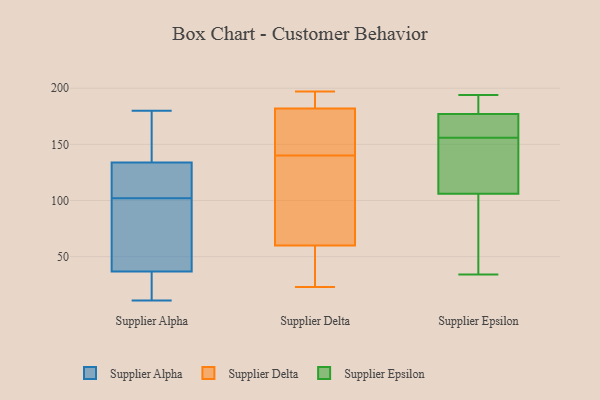
{"axis": {"x": "Market Share (%)", "y": "Value"}, "legend": ["Supplier Alpha", "Supplier Delta", "Supplier Epsilon"], "data": [{"x": "", "y": 11, "type": "Supplier Alpha"}, {"x": "", "y": 34, "type": "Supplier Alpha"}, {"x": "", "y": 180, "type": "Supplier Alpha"}, {"x": "", "y": 105, "type": "Supplier Alpha"}, {"x": "", "y": 88, "type": "Supplier Alpha"}, {"x": "", "y": 93, "type": "Supplier Alpha"}, {"x": "", "y": 102, "type": "Supplier Alpha"}, {"x": "", "y": 124, "type": "Supplier Alpha"}, {"x": "", "y": 134, "type": "Supplier Alpha"}, {"x": "", "y": 30, "type": "Supplier Alpha"}, {"x": "", "y": 133, "type": "Supplier Alpha"}, {"x": "", "y": 137, "type": "Supplier Alpha"}, {"x": "", "y": 134, "type": "Supplier Alpha"}, {"x": "", "y": 45, "type": "Supplier Alpha"}, {"x": "", "y": 17, "type": "Supplier Alpha"}, {"x": "", "y": 191, "type": "Supplier Delta"}, {"x": "", "y": 180, "type": "Supplier Delta"}, {"x": "", "y": 197, "type": "Supplier Delta"}, {"x": "", "y": 33, "type": "Supplier Delta"}, {"x": "", "y": 154, "type": "Supplier Delta"}, {"x": "", "y": 96, "type": "Supplier Delta"}, {"x": "", "y": 23, "type": "Supplier Delta"}, {"x": "", "y": 184, "type": "Supplier Delta"}, {"x": "", "y": 56, "type": "Supplier Delta"}, {"x": "", "y": 126, "type": "Supplier Delta"}, {"x": "", "y": 154, "type": "Supplier Delta"}, {"x": "", "y": 64, "type": "Supplier Delta"}, {"x": "", "y": 161, "type": "Supplier Epsilon"}, {"x": "", "y": 34, "type": "Supplier Epsilon"}, {"x": "", "y": 56, "type": "Supplier Epsilon"}, {"x": "", "y": 169, "type": "Supplier Epsilon"}, {"x": "", "y": 194, "type": "Supplier Epsilon"}, {"x": "", "y": 106, "type": "Supplier Epsilon"}, {"x": "", "y": 119, "type": "Supplier Epsilon"}, {"x": "", "y": 162, "type": "Supplier Epsilon"}, {"x": "", "y": 181, "type": "Supplier Epsilon"}, {"x": "", "y": 177, "type": "Supplier Epsilon"}, {"x": "", "y": 149, "type": "Supplier Epsilon"}, {"x": "", "y": 37, "type": "Supplier Epsilon"}, {"x": "", "y": 151, "type": "Supplier Epsilon"}, {"x": "", "y": 179, "type": "Supplier Epsilon"}]}